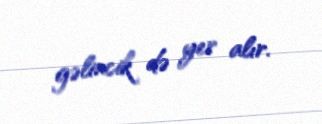
gəlincik də yer alır.